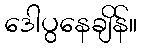
ဒေါပွနေချိန်။